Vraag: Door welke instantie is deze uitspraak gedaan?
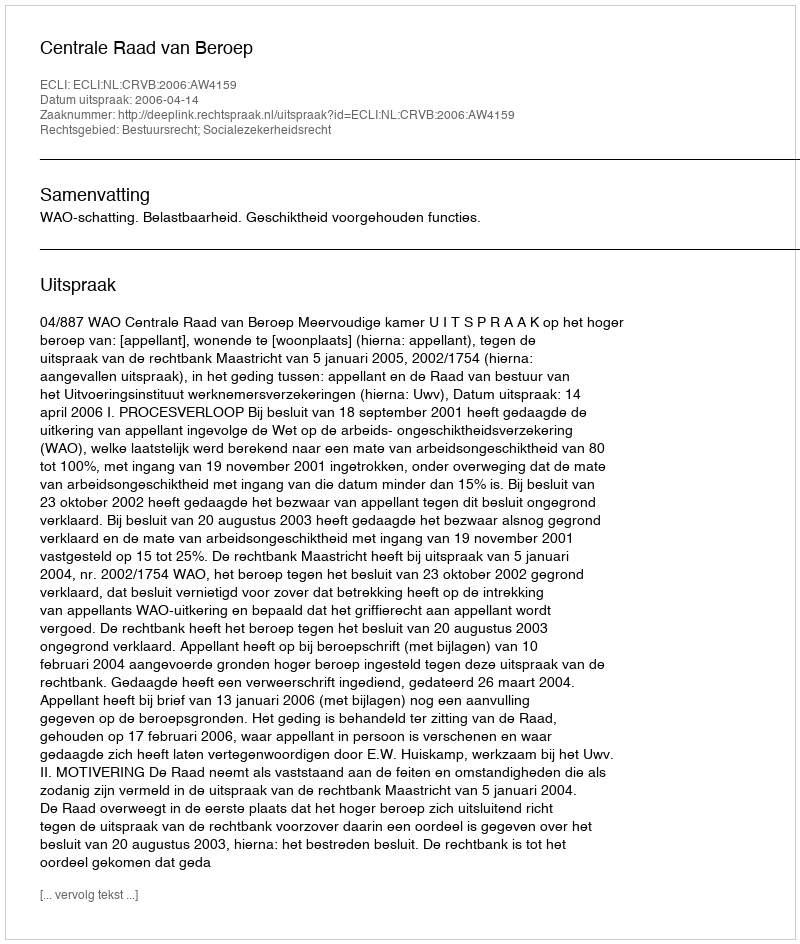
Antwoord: Centrale Raad van Beroep